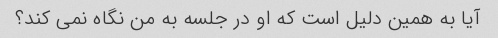
آیا به همین دلیل است که او در جلسه به من نگاه نمی کند؟